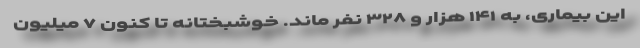
این بیماری، به ۱۴۱ هزار و ۳۲۸ نفر ماند. خوشبختانه تا کنون ۷ میلیون